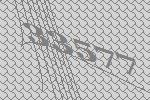
33577